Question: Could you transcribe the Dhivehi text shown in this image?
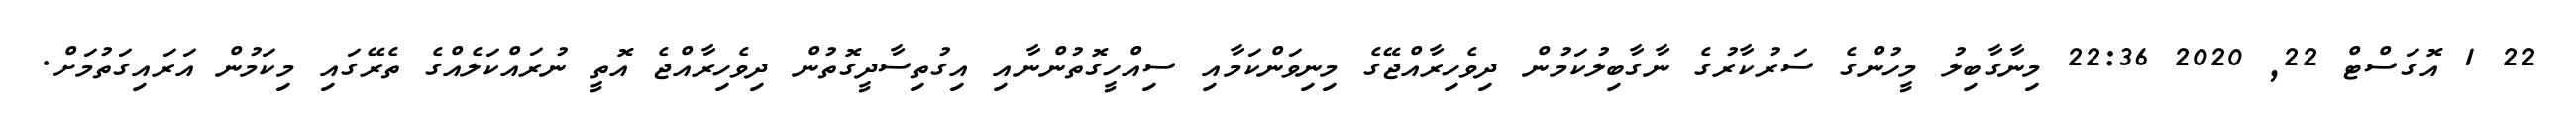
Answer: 22 1 އޮގަސްޓް 22, 2020 22:36 މިނާގާބިލު މީހުންގެ ސަރުކާރުގެ ނާގާބިލުކަމުން ދިވެހިރާއްޖޭގެ މިނިވަންކަމާއި ސިއްހީގޮތުންނާއި އިގުތިސާދީގޮތުން ދިވެހިރާއްޖެ އޮތީ ނުރައްކަލެއްގެ ތެރޭގައި މިކަމުން އަރައިގަތުމަށް.